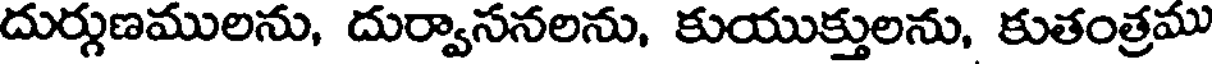
దుర్గుణములను, దుర్వాసనలను, కుయుక్తులను, కుతంత్రము